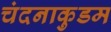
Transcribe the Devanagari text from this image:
चंदनाकुडम